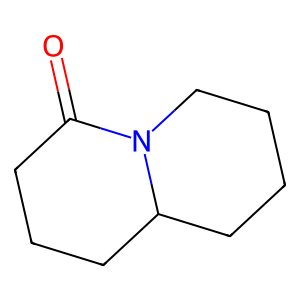
SMILES: O=C1CCCC2CCCCN12
Inhibits HIV replication: No